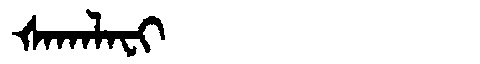
Manchu: ᡧᠠᡴᠠᠯᠠᠸᡳ
Romanization: ŠAKALAFI